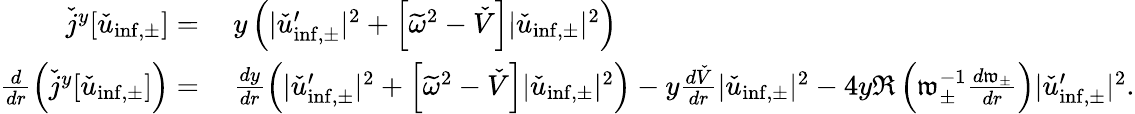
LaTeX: \begin{array}{rl}{\check{j}^{y}[\check{u}_{\mathrm{inf,\pm}}]=}&{\: y\left(|\check{u}_{\mathrm{inf,\pm}}^{\prime}|^{2}+\left[\widetilde{\omega}^{2}-\check{V}\right]|\check{u}_{\mathrm{inf,\pm}}|^{2}\right)}\\ {\frac{d}{dr}\left(\check{j}^{y}[\check{u}_{\mathrm{inf,\pm}}]\right)=}&{\: \frac{dy}{dr}\left(|\check{u}_{\mathrm{inf,\pm}}^{\prime}|^{2}+\left[\widetilde{\omega}^{2}-\check{V}\right]|\check{u}_{\mathrm{inf,\pm}}|^{2}\right)-y\frac{d\check{V}}{dr}|\check{u}_{\mathrm{inf,\pm}}|^{2}-4y\Re\left(\mathfrak{w}_{\pm}^{-1}\frac{d\mathfrak{w}_{\pm}}{dr}\right)|\check{u}_{\mathrm{inf,\pm}}^{\prime}|^{2}.}\end{array}